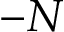
- N